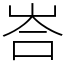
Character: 峇